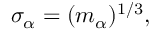
\sigma _ { \alpha } = ( m _ { \alpha } ) ^ { 1 / 3 } ,